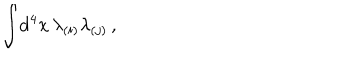
LaTeX: \int \! \mathrm { d } ^ { 4 } x \, \lambda _ { ( i ) } \lambda _ { ( j ) } \, ,